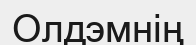
Олдэмнің